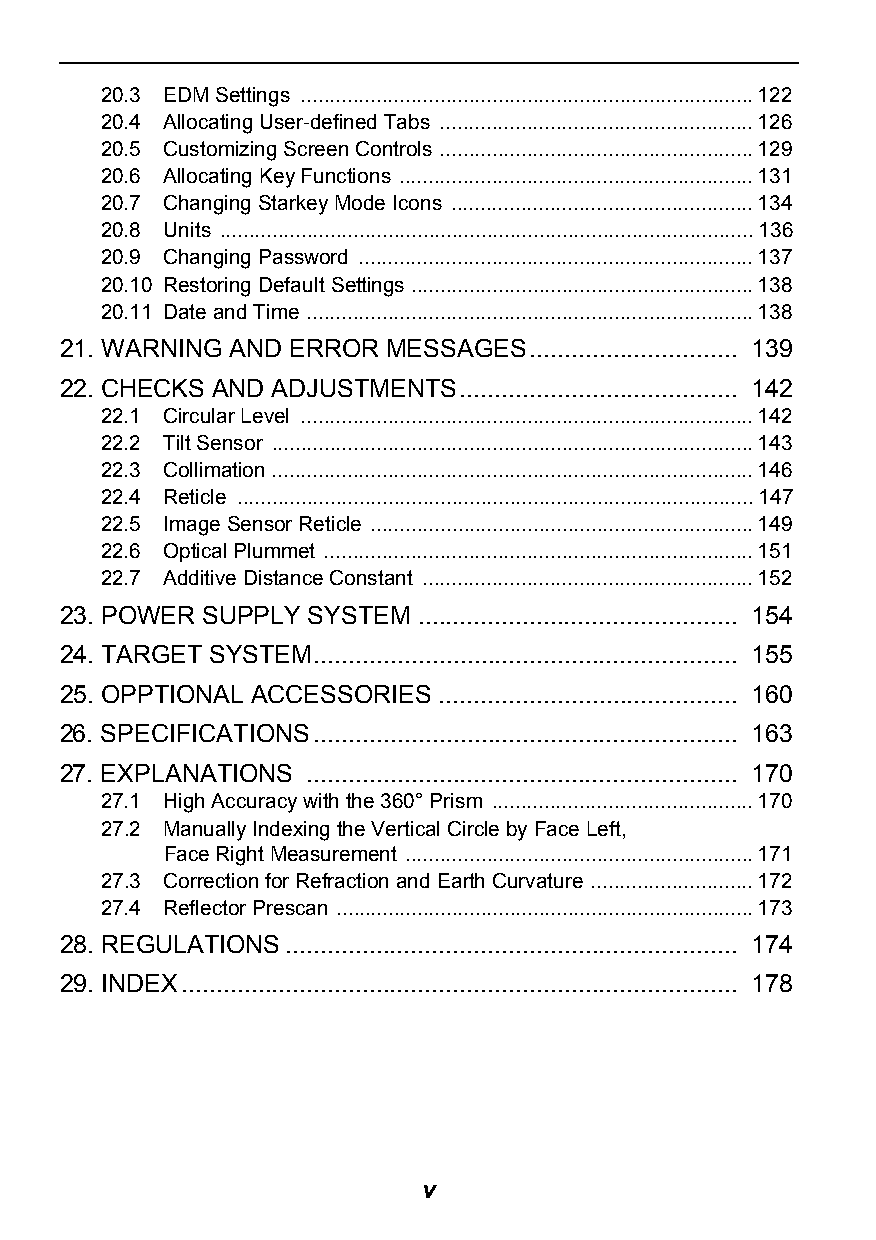
20.3 EDM Settings ..............................................................................122
 20.4 Allocating User-defined Tabs ......................................................126
 20.5 Customizing Screen Controls ......................................................129
 20.6 Allocating Key Functions .............................................................131
 20.7 Changing Starkey Mode Icons ....................................................134
 20.8 Units ............................................................................................136
 20.9 Changing Password ....................................................................137
 20.10 Restoring Default Settings ...........................................................138
 20.11 Date and Time .............................................................................138
 21. WARNING AND ERROR MESSAGES.............................. 139
 22. CHECKS AND ADJUSTMENTS........................................ 142
 22.1 Circular Level ..............................................................................142
 22.2 Tilt Sensor ...................................................................................143
 22.3 Collimation ...................................................................................146
 22.4 Reticle .........................................................................................147
 22.5 Image Sensor Reticle ..................................................................149
 22.6 Optical Plummet ..........................................................................151
 22.7 Additive Distance Constant .........................................................152
 23. POWER SUPPLY SYSTEM .............................................. 154
 24. TARGET SYSTEM............................................................. 155
 25. OPPTIONAL ACCESSORIES ........................................... 160
 26. SPECIFICATIONS............................................................. 163
 27. EXPLANATIONS .............................................................. 170
 27.1 High Accuracy with the 360° Prism .............................................170
 27.2 Manually Indexing the Vertical Circle by Face Left,
 Face Right Measurement ............................................................171
 27.3 Correction for Refraction and Earth Curvature ............................172
 27.4 Reflector Prescan ........................................................................173
 28. REGULATIONS................................................................. 174
 29. INDEX................................................................................ 178
 v